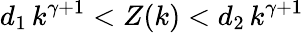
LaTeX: d_{1}\, k^{\gamma+1}<Z(k)<d_{2}\, k^{\gamma+1}